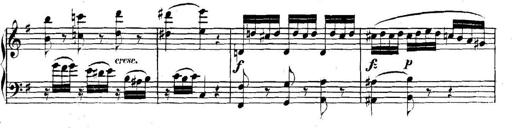
Title: Collected Piano Sonatas
Composer: Muzio Clementi